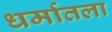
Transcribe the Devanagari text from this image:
धर्मातला